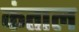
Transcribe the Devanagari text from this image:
कंताल